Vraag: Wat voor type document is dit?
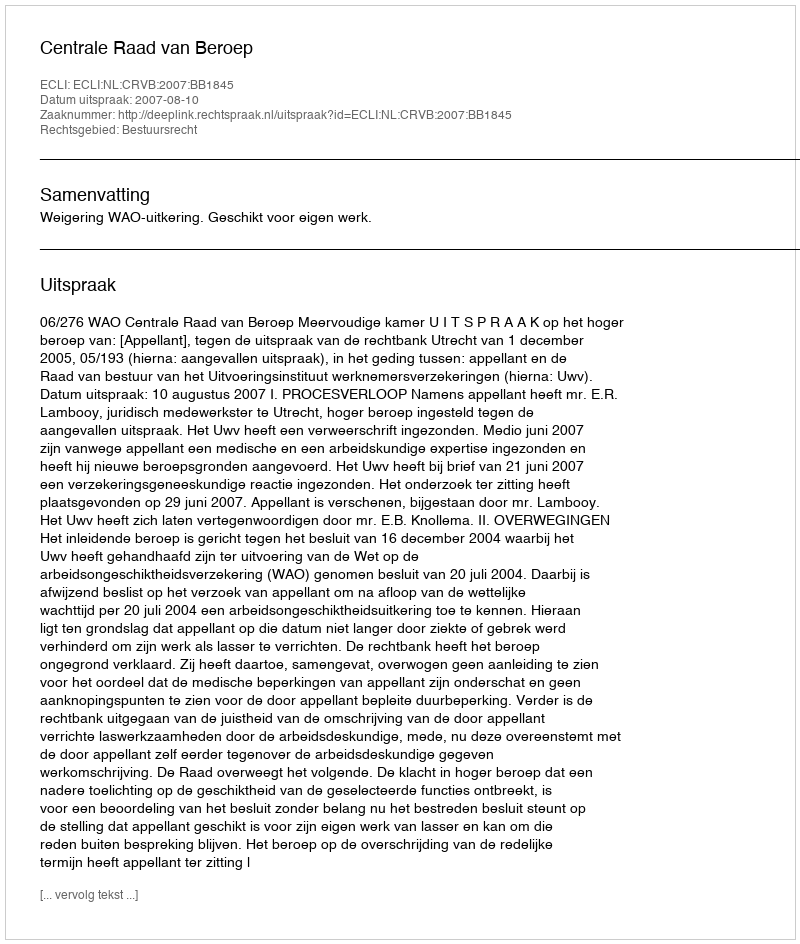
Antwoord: Uitspraak